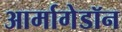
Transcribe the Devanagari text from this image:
आर्मागेडॉन